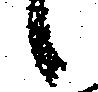
候